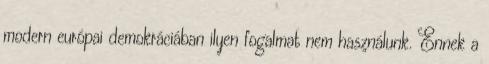
modern európai demokráciában ilyen fogalmat nem használunk. Ennek a